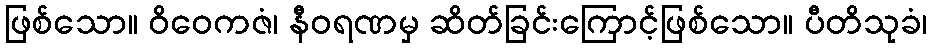
ဖြစ်သော။ ဝိဝေကဇံ၊ နီဝရဏမှ ဆိတ်ခြင်းကြောင့်ဖြစ်သော။ ပီတိသုခံ၊